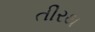
તીરથ